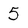
Character: 5